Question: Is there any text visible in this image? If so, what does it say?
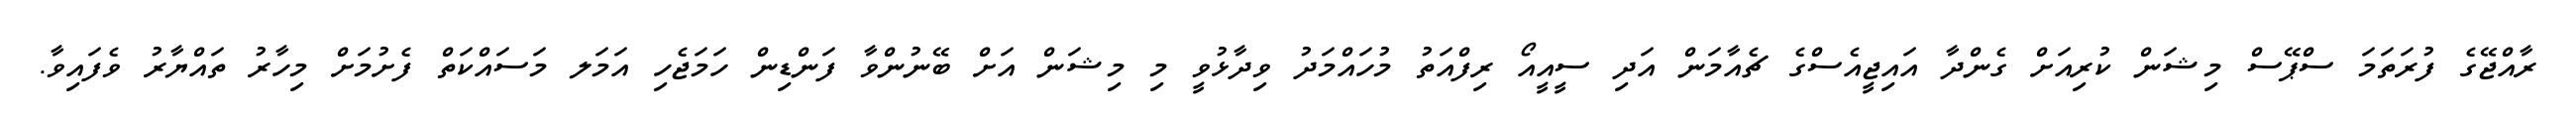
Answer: ރާއްޖޭގެ ފުރަތަމަ ސްޕޭސް މިޝަން ކުރިއަށް ގެންދާ އައިޖީއެސްގެ ޗެއާމަން އަދި ސީއީއޯ ރިފްއަތު މުހައްމަދު ވިދާޅުވީ މި މިޝަން އަށް ބޭނުންވާ ފަންޑިން ހަމަޖެހި އަމަލ މަސައްކަތް ފެށުމަށް މިހާރު ތައްޔާރު ވެފައިވާ.